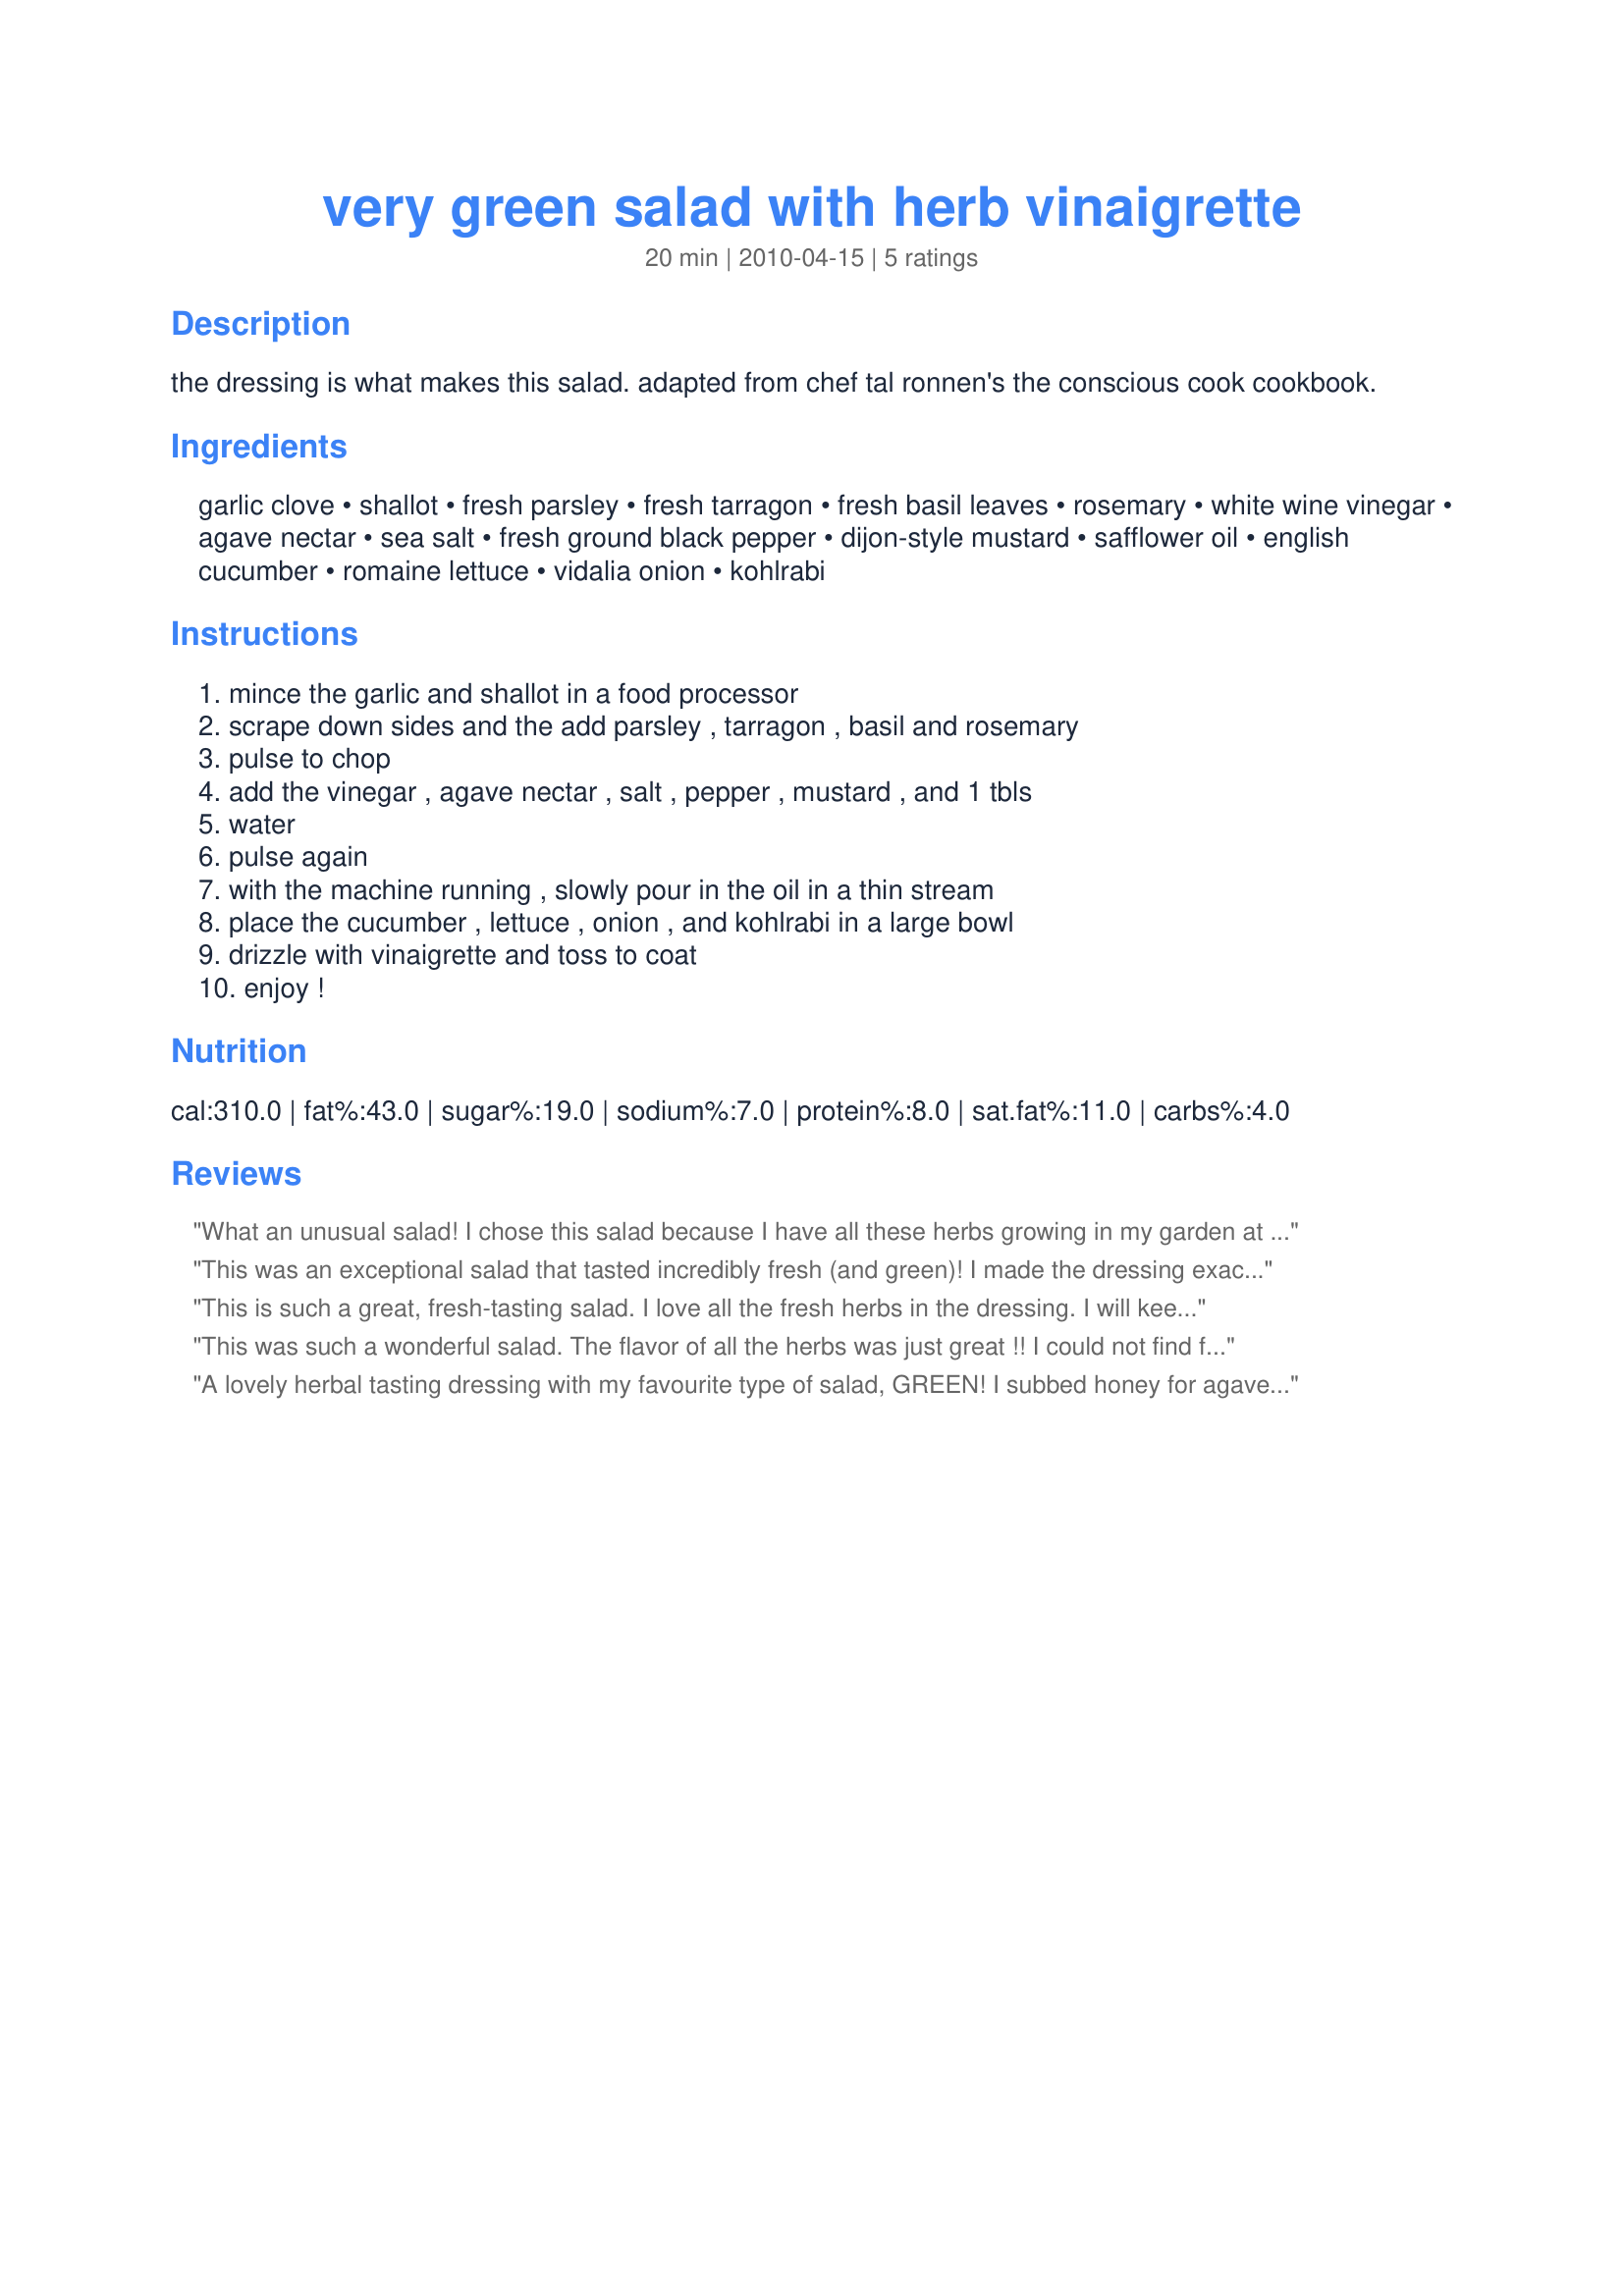
very green salad with herb vinaigrette
Preparation time: 20 minutes

the dressing is what makes this salad. adapted from chef tal ronnen's the conscious cook cookbook.

Ingredients:
garlic clove, shallot, fresh parsley, fresh tarragon, fresh basil leaves, rosemary, white wine vinegar, agave nectar, sea salt, fresh ground black pepper, dijon-style mustard, safflower oil, english cucumber, romaine lettuce, vidalia onion, kohlrabi

Steps:
mince the garlic and shallot in a food processor, scrape down sides and the add parsley , tarragon , basil and rosemary, pulse to chop, add the vinegar , agave nectar , salt , pepper , mustard , and 1 tbls, water, pulse again, with the machine running , slowly pour in the oil in a thin stream, place the cucumber , lettuce , onion , and kohlrabi in a large bowl, drizzle with vinaigrette and toss to coat, enjoy !

Reviews:
What an unusual salad! I chose this salad because I have all these herbs growing in my garden at the moment. I omitted the kohlrabi and used honey instead of agave. Overall, this was delicious and different than our usual salad. I served this with Recipe #324890 and Recipe #308070. Made for ZWT.
This was an exceptional salad that tasted incredibly fresh (and green)! I made the dressing exactly as posted, using safflower oil. All the flavors of the herbs came through. For the salad, I could not find kohlrabi anywhere, so added some garden radishes (which were not green but very tasty). This is a light salad that packs a lot of flavor. All my guests were very complimentary! Made for ZWT8.
This is such a great, fresh-tasting salad. I love all the fresh herbs in the dressing. I will keep this recipe in rotation during the summer when my herbs are growing. Made for ZWT8 Thank you!
This was such a wonderful salad. The flavor of all the herbs was just great !! I could not find fresh tarragon so had to use dried. Also did not have agave nectar so just used some honey. I don't think it affected the taste because this was just so good. I had to go to two different places to find the "kohlrabi" but it added a nice crunch to the salad and well worth trying to find. I will be making this dressing and salad again. Does not take too long to put together and it goes great with just about anything. Made it to go with Recipe #355275 and it worked out well. Made in memory of Sharon's DH. Thanks so much for sharing Sharon.
A lovely herbal tasting dressing with my favourite type of salad, GREEN! I subbed honey for agave and also used cider apple venegar in place of white wine vinegar. I used oak leaf lettuce, spring onions and cucumber for the salad and added a few sprigs of chervil and parsley to garnish. Totally delicious as all of your reicpes are Shaz! Merci encore. Made for the Chives and Scallions tag game in the Herb of the Month Club in the French Forum and Sharon's Cookathon. Karen/FT:-)
